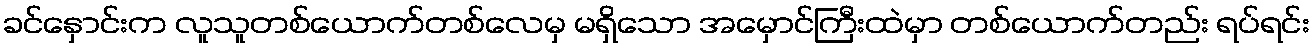
ခင်နှောင်းက လူသူတစ်ယောက်တစ်လေမှ မရှိသော အမှောင်ကြီးထဲမှာ တစ်ယောက်တည်း ရပ်ရင်း